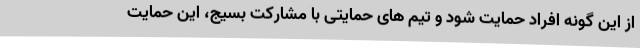
از این گونه افراد حمایت شود و تیم های حمایتی با مشارکت بسیج، این حمایت